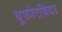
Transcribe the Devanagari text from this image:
यूफ़ोरबिया